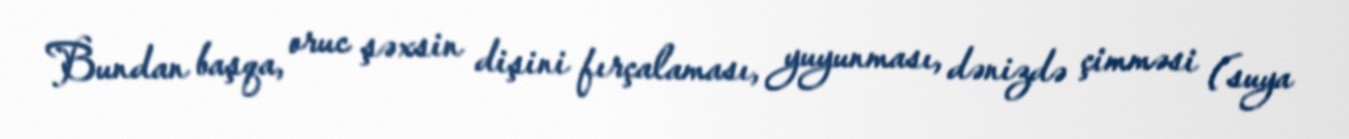
Bundan başqa, oruc şəxsin dişini fırçalaması, yuyunması, dənizdə çimməsi (suya